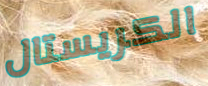
الكريستال